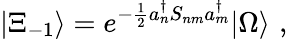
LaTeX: |\Xi_{-1}\rangle=e^{-\frac{1}{2}a_{n}^{\dagger}S_{nm}a_{m}^{\dagger}}|\Omega\rangle\, \, ,